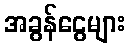
အခွန်ငွေများ